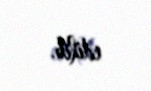
edilib.